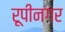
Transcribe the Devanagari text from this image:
रूपीनगर